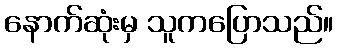
နောက်ဆုံးမှ သူကပြောသည်။